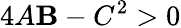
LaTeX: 4A\mathbf{B}-C^{2}>0